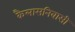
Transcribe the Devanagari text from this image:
कैलासनिवासी